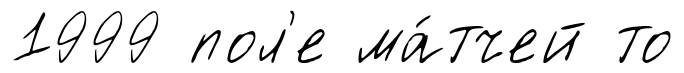
1999 пол'е ма́тчей то